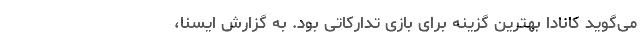
می‌گوید کانادا بهترین گزینه برای بازی تدارکاتی بود. به گزارش ایسنا،